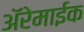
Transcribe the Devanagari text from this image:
अॅरेमाईक